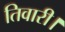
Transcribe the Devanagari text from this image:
तिवारी।